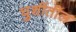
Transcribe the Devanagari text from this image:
घुशींतील